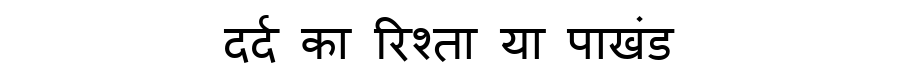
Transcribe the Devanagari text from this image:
दर्द का रिश्ता या पाखंड